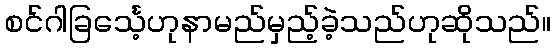
စင်ဂါခြင်္သေ့ဟုနာမည်မှည့်ခဲ့သည်ဟုဆိုသည်။